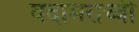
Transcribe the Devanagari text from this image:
वदामराच्ची